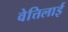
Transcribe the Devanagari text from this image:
वेत्तिलाई